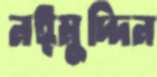
নঈমুদ্দিন